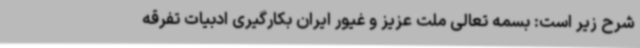
شرح زیر است: بسمه تعالی ملت عزیز و غیور ایران بکارگیری ادبیات تفرقه